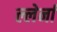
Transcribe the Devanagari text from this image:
ल्लेर्ना